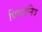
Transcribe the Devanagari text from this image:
विघटनित्र